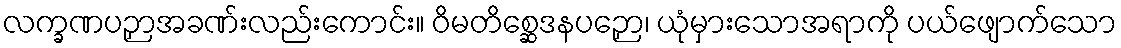
လက္ခဏပဉှာအခဏ်းလည်းကောင်း။ ဝိမတိစ္ဆေဒနပဉှော၊ ယုံမှားသောအရာကို ပယ်ဖျောက်သော